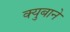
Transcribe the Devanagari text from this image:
क्युबाने